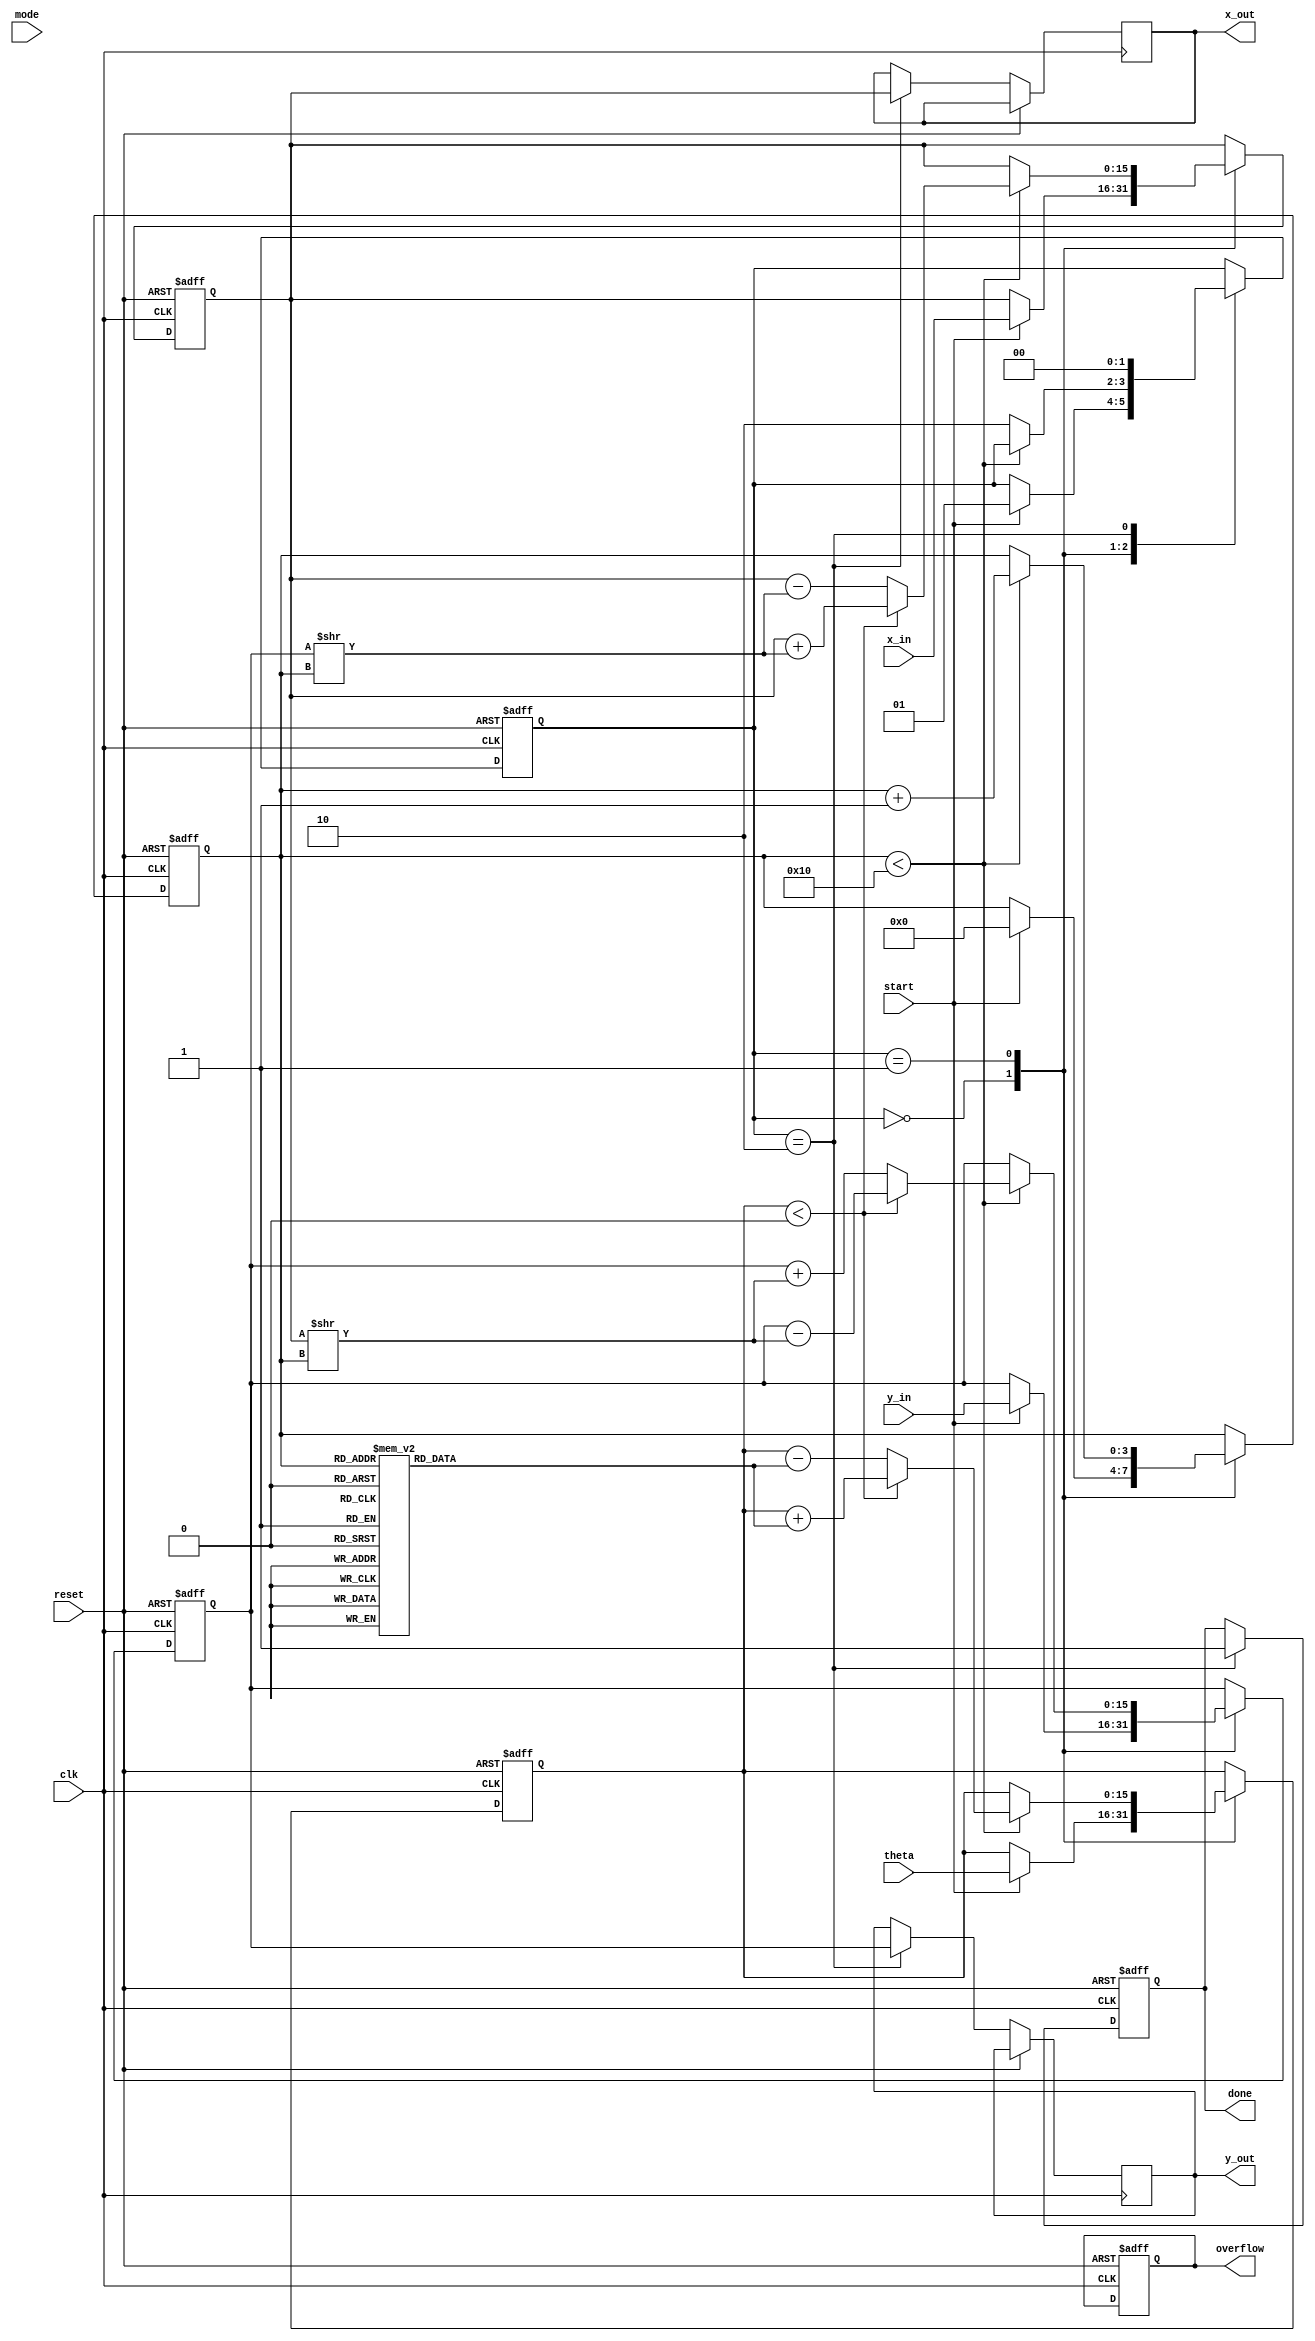
module cordic (
    input wire clk,
    input wire reset,
    input wire [15:0] theta,         // Input angle in radians (fixed point representation)
    input wire [15:0] x_in,          // Input X coordinate
    input wire [15:0] y_in,          // Input Y coordinate
    input wire mode,                 // Mode: rotation (1) or vectoring (0)
    input wire start,                // Start signal
    output reg [15:0] x_out,         // Resultant X coordinate
    output reg [15:0] y_out,         // Resultant Y coordinate
    output reg done,                 // Operation complete signal
    output reg overflow              // Overflow flag if any
);

    // CORDIC parameters
    parameter N_ITERATIONS = 16;  // Number of iterations for fixed precision 
    reg [15:0] angle_table [0:N_ITERATIONS-1]; // Lookup table for arctangent values
    reg [15:0] x_reg, y_reg, z_reg; // Registers to hold X, Y, and Theta values
    reg [3:0] iter;                // Iteration counter
    reg [1:0] state;               // FSM state

    localparam IDLE = 0, CALC = 1, OUTPUT = 2;

    initial begin
        // Initialize arctangent lookup table
        angle_table[0] = 16'h0000;  // atan(0)
        angle_table[1] = 16'h2000;  // atan(0.5)
        angle_table[2] = 16'h199a;  // atan(0.333...)
        angle_table[3] = 16'h1736;  // atan(0.25)
        // Fill in the rest of the angle table...
        // Make sure to precompute the values for your fixed-point resolution
        // ...
        // Initialize output registers
        x_out = 0;
        y_out = 0;
        done = 0;
        overflow = 0;
    end

    always @(posedge clk or posedge reset) begin
        if (reset) begin
            // Reset all registers and state
            x_reg <= 0;
            y_reg <= 0;
            z_reg <= 0;
            done <= 0;
            overflow <= 0;
            iter <= 0;
            state <= IDLE;
        end else begin
            case (state)
                IDLE: begin
                    if (start) begin
                        // Load input values
                        x_reg <= x_in;
                        y_reg <= y_in;
                        z_reg <= theta;
                        iter <= 0;
                        state <= CALC;
                    end
                end
                CALC: begin
                    if (iter < N_ITERATIONS) begin
                        // Perform CORDIC rotation calculations
                        if (z_reg < 0) begin // Counter-clockwise rotation
                            x_reg <= x_reg + (y_reg >> iter); // X' = X + Y * 2^(-i)
                            y_reg <= y_reg - (x_reg >> iter); // Y' = Y - X * 2^(-i)
                            z_reg <= z_reg + angle_table[iter];
                        end else begin // Clockwise rotation
                            x_reg <= x_reg - (y_reg >> iter); // X' = X - Y * 2^(-i)
                            y_reg <= y_reg + (x_reg >> iter); // Y' = Y + X * 2^(-i)
                            z_reg <= z_reg - angle_table[iter];
                        end
                        iter <= iter + 1;
                    end else begin
                        state <= OUTPUT;
                    end
                end
                OUTPUT: begin
                    // Finalize the output
                    x_out <= x_reg;
                    y_out <= y_reg;
                    done <= 1; // Indicate completion
                    state <= IDLE; // Return to idle state
                end
            endcase
        end
    end

endmodule